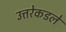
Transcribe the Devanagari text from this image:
उत्तरेकडले